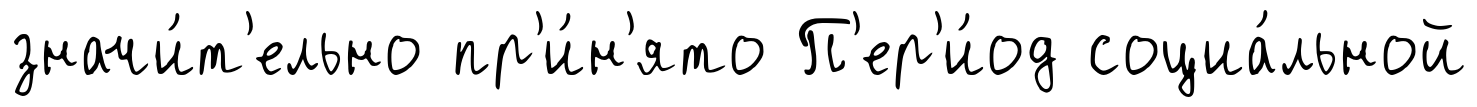
значи́т'ельно пр'и́н'ято П'ер'и́од социа́льной